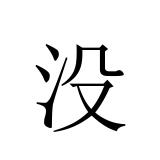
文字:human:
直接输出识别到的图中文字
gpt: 没